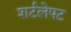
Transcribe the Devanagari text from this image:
शर्टलेफ्ट